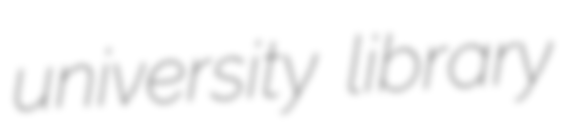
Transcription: university library